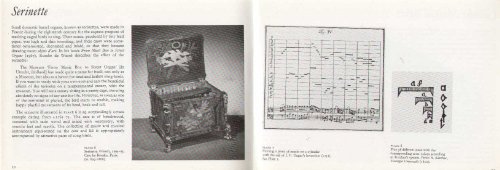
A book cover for Musical Boxes at the Victoria and Albert Museum; Victoria and Albert Museum; Crafts, Hobbies & Home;